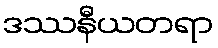
ဒဿနီယတရာ